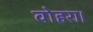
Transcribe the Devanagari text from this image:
वोहरा।